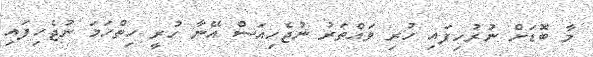
މާ ބޮޑަށް ނުރުހިފައި ހުރި ވައްތަރު ނުޖެހިއަސް އޭނާ ހުރީ ހިތްހަމަ ނުޖެހިފައި